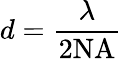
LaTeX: d=\frac{\lambda}{2\textrm{NA}}